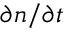
\partial n / \partial t